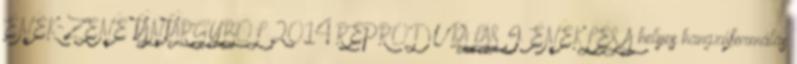
ÉNEK-ZENE TANTÁRGYBÓL 2014 REPRODUKÁLÁS I. ÉNEKLÉS A helyes hangzóformálás